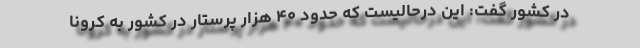
در کشور گفت: این درحالیست که حدود ۴۰ هزار پرستار در کشور به کرونا